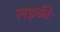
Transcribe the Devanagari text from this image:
लड़कीः